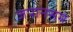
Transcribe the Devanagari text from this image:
जपानसम